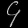
Digit: ၄